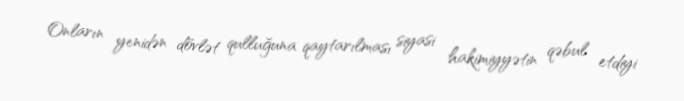
Onların yenidən dövlət qulluğuna qaytarılması siyasi hakimiyyətin qəbul etdiyi